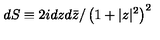
d S \equiv 2 i d z d \bar { z } / \left( 1 + | z | ^ { 2 } \right) ^ { 2 }